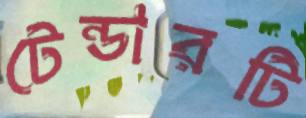
টেন্ডারটি